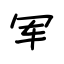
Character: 军